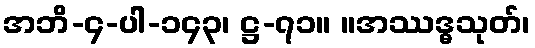
အဘိ-၄-ပါ-၁၄၃၊ ဋ္ဌ-၇၁။ ။အဿဒ္ဓသုတ်၊